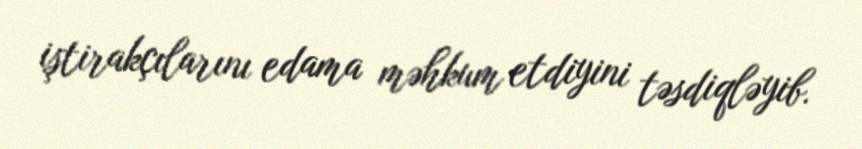
iştirakçılarını edama məhkum etdiyini təsdiqləyib.